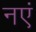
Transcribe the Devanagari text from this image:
नएं